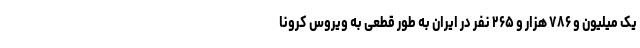
یک میلیون و ۷۸۶ هزار و ۲۶۵ نفر در ایران به طور قطعی به ویروس کرونا